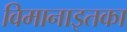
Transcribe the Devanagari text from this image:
विमानाइतका